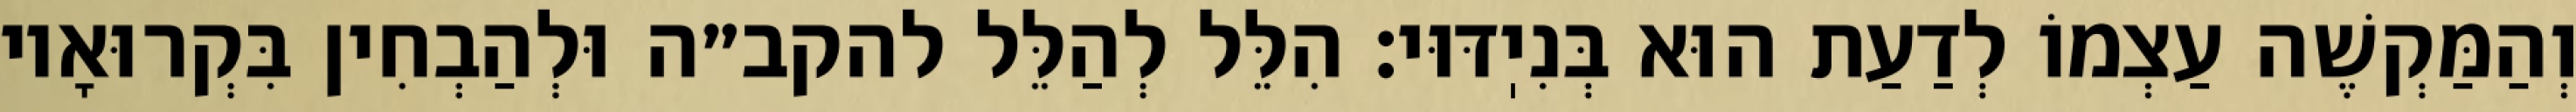
וְהַמַּקְשֶׁה עַצְמוֹ לְדַעַת הוּא בְּנִיֽדּוּי: הִלֵּל לְהַלֵּל להקב״ה וּלְהַבְחִין בִּקְרוּאָיו